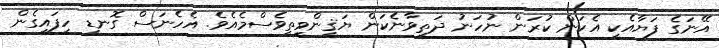
އޭނަގެ ފަޔާއެކީ އެކަން ކުރަން ނުހަނު ދަތިވާނެކަން ޔަޤީންވީތީވެސްމެއެވެ. އެހެނަސް ގޮނޑި ހިފައިގެން